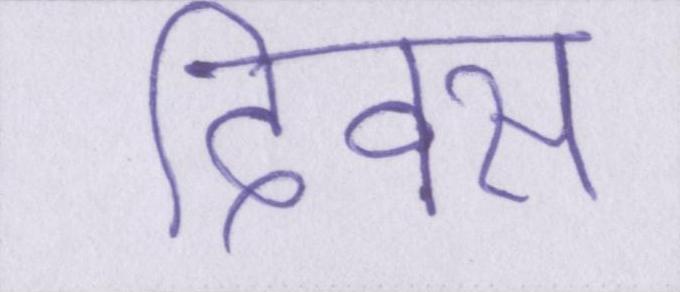
दिवस